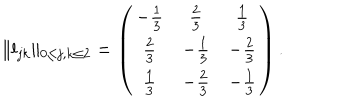
\Vert l _ { j k } \Vert _ { 0 \le j , k \le 2 } = \left( \begin{array} { c c c } { { - \frac { 1 } { 3 } } } & { { \frac { 2 } { 3 } } } & { { \frac { 1 } { 3 } } } \\ { { \frac { 2 } { 3 } } } & { { - \frac { 1 } { 3 } } } & { { - \frac { 2 } { 3 } } } \\ { { \frac { 1 } { 3 } } } & { { - \frac { 2 } { 3 } } } & { { - \frac { 1 } { 3 } } } \\ \end{array} \right) .